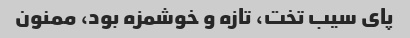
پای سیب تخت، تازه و خوشمزه بود، ممنون